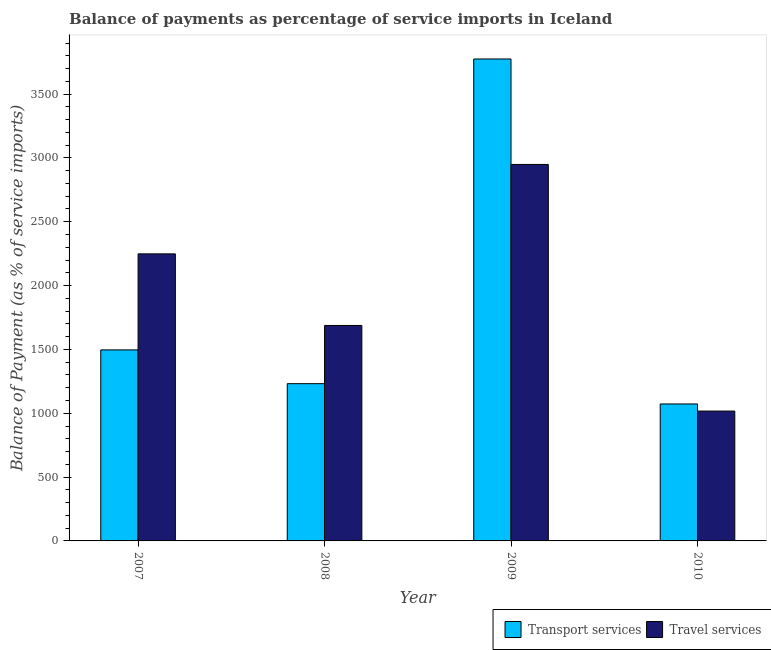
| Year | Transport services | Travel services |
 | --- | --- | --- |
 | 2007 | 1.5e+03 | 2.25e+03 |
 | 2008 | 1.23e+03 | 1.69e+03 |
 | 2009 | 3.77e+03 | 2.95e+03 |
 | 2010 | 1.07e+03 | 1.02e+03 |